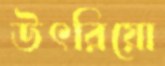
উৎরিয়ো